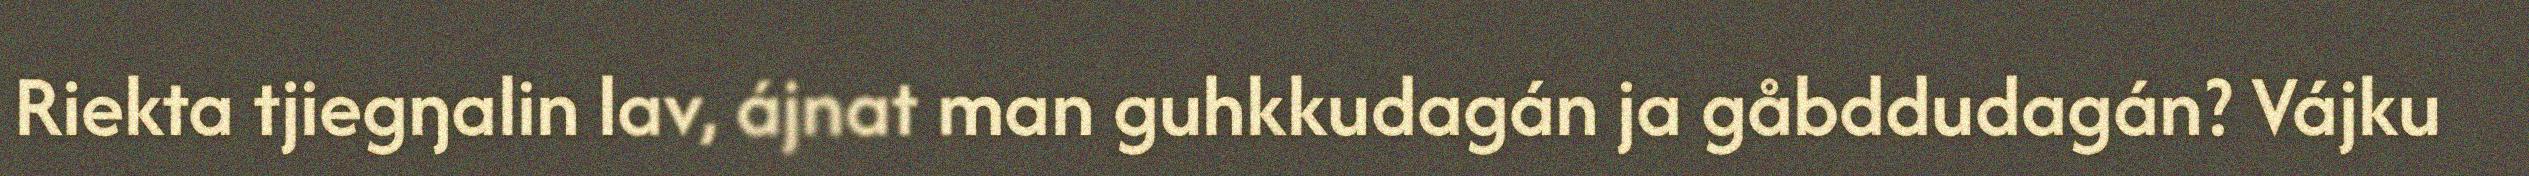
Riekta tjiegŋalin lav, ájnat man guhkkudagán ja gåbddudagán? Vájku